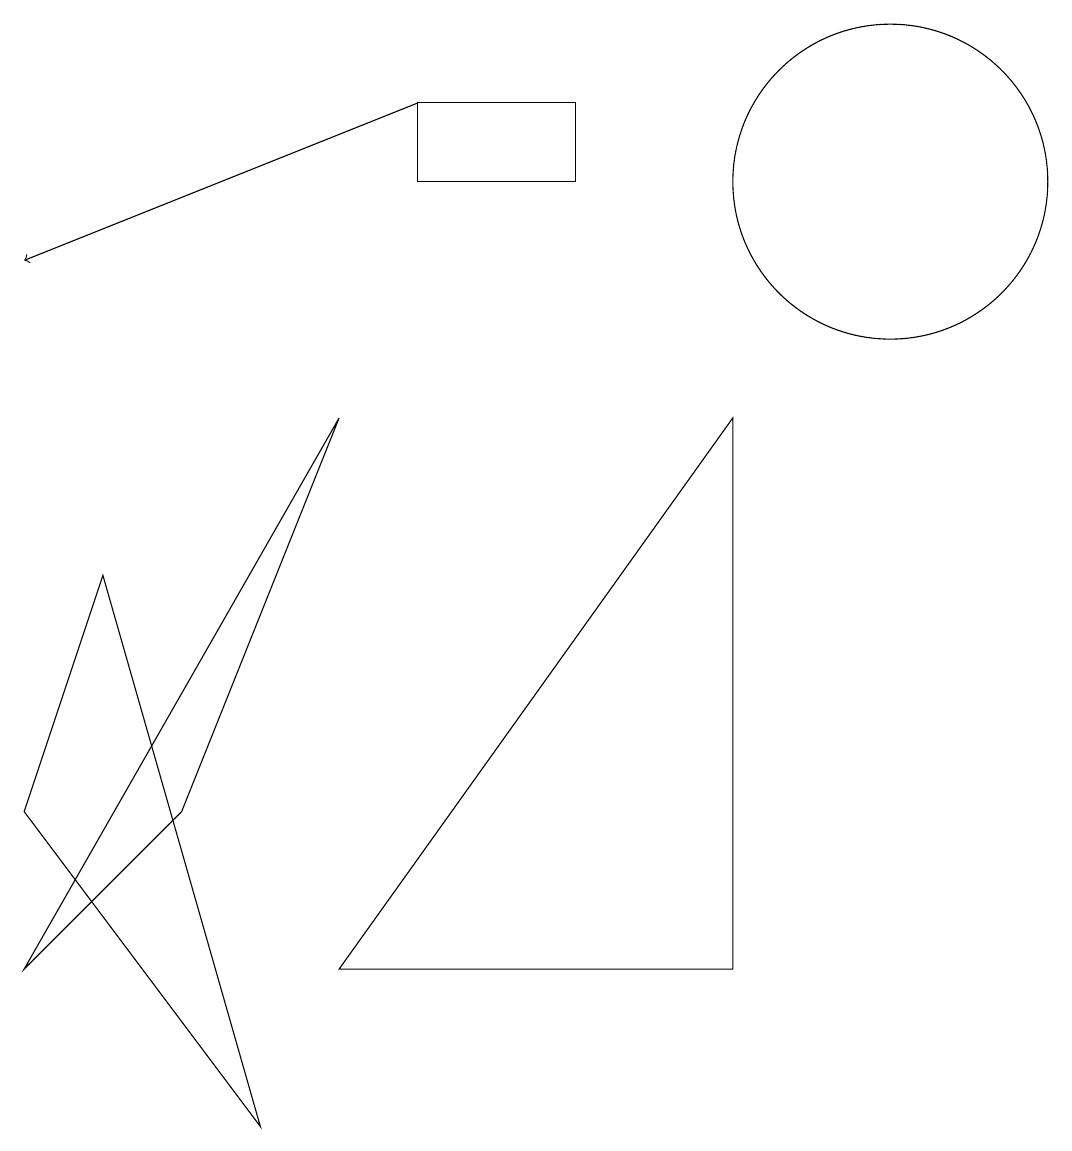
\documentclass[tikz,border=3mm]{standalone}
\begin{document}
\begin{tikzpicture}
\draw (11,12) circle (2);
\draw (9,2) -- (9,9) -- (4,2) -- cycle;
\draw (7,12) rectangle (5,13);
\draw[->] (5,13) -- (0,11);
\draw (0,2) -- (4,9) -- (2,4) -- cycle;
\draw (0,4) -- (3,0) -- (1,7) -- cycle;
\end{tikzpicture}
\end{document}